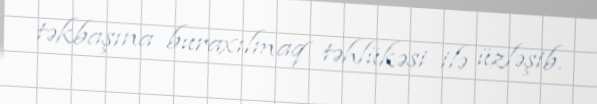
təkbaşına buraxılmaq təhlükəsi ilə üzləşib.